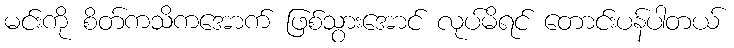
မင်းကို စိတ်ကသိကအောက် ဖြစ်သွားအောင် လုပ်မိရင် တောင်းပန်ပါတယ်